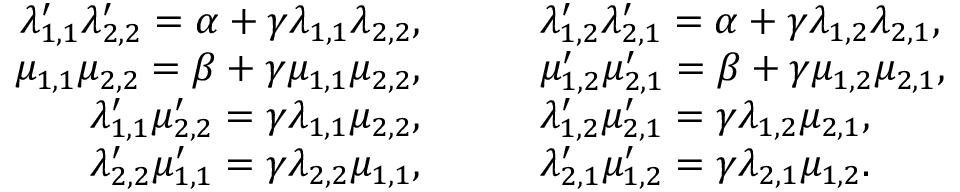
\begin{array} { r l } { \lambda _ { 1 , 1 } ^ { \prime } \lambda _ { 2 , 2 } ^ { \prime } = \alpha + \gamma \lambda _ { 1 , 1 } \lambda _ { 2 , 2 } , } & { \qquad \lambda _ { 1 , 2 } ^ { \prime } \lambda _ { 2 , 1 } ^ { \prime } = \alpha + \gamma \lambda _ { 1 , 2 } \lambda _ { 2 , 1 } , } \\ { \mu _ { 1 , 1 } \mu _ { 2 , 2 } = \beta + \gamma \mu _ { 1 , 1 } \mu _ { 2 , 2 } , } & { \qquad \mu _ { 1 , 2 } ^ { \prime } \mu _ { 2 , 1 } ^ { \prime } = \beta + \gamma \mu _ { 1 , 2 } \mu _ { 2 , 1 } , } \\ { \lambda _ { 1 , 1 } ^ { \prime } \mu _ { 2 , 2 } ^ { \prime } = \gamma \lambda _ { 1 , 1 } \mu _ { 2 , 2 } , } & { \qquad \lambda _ { 1 , 2 } ^ { \prime } \mu _ { 2 , 1 } ^ { \prime } = \gamma \lambda _ { 1 , 2 } \mu _ { 2 , 1 } , } \\ { \lambda _ { 2 , 2 } ^ { \prime } \mu _ { 1 , 1 } ^ { \prime } = \gamma \lambda _ { 2 , 2 } \mu _ { 1 , 1 } , } & { \qquad \lambda _ { 2 , 1 } ^ { \prime } \mu _ { 1 , 2 } ^ { \prime } = \gamma \lambda _ { 2 , 1 } \mu _ { 1 , 2 } . } \end{array}